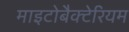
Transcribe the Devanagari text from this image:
माइटोबैक्टेरियम